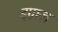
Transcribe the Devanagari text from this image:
इग्नाज़